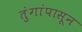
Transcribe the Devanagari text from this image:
तुंगांपासून